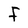
Character: f